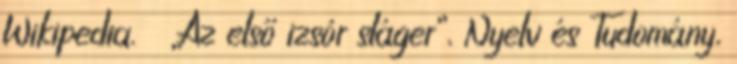
Wikipedia. ↑ „Az első izsór sláger”, Nyelv és Tudomány,